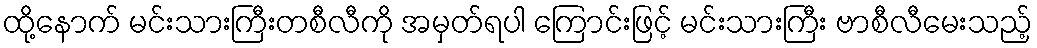
ထို့နောက် မင်းသားကြီးတစီလီကို အမှတ်ရပါ ကြောင်းဖြင့် မင်းသားကြီး ဗာစီလီမေးသည့်